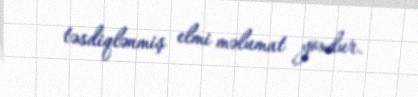
təsdiqlənmiş elmi məlumat yoxdur.